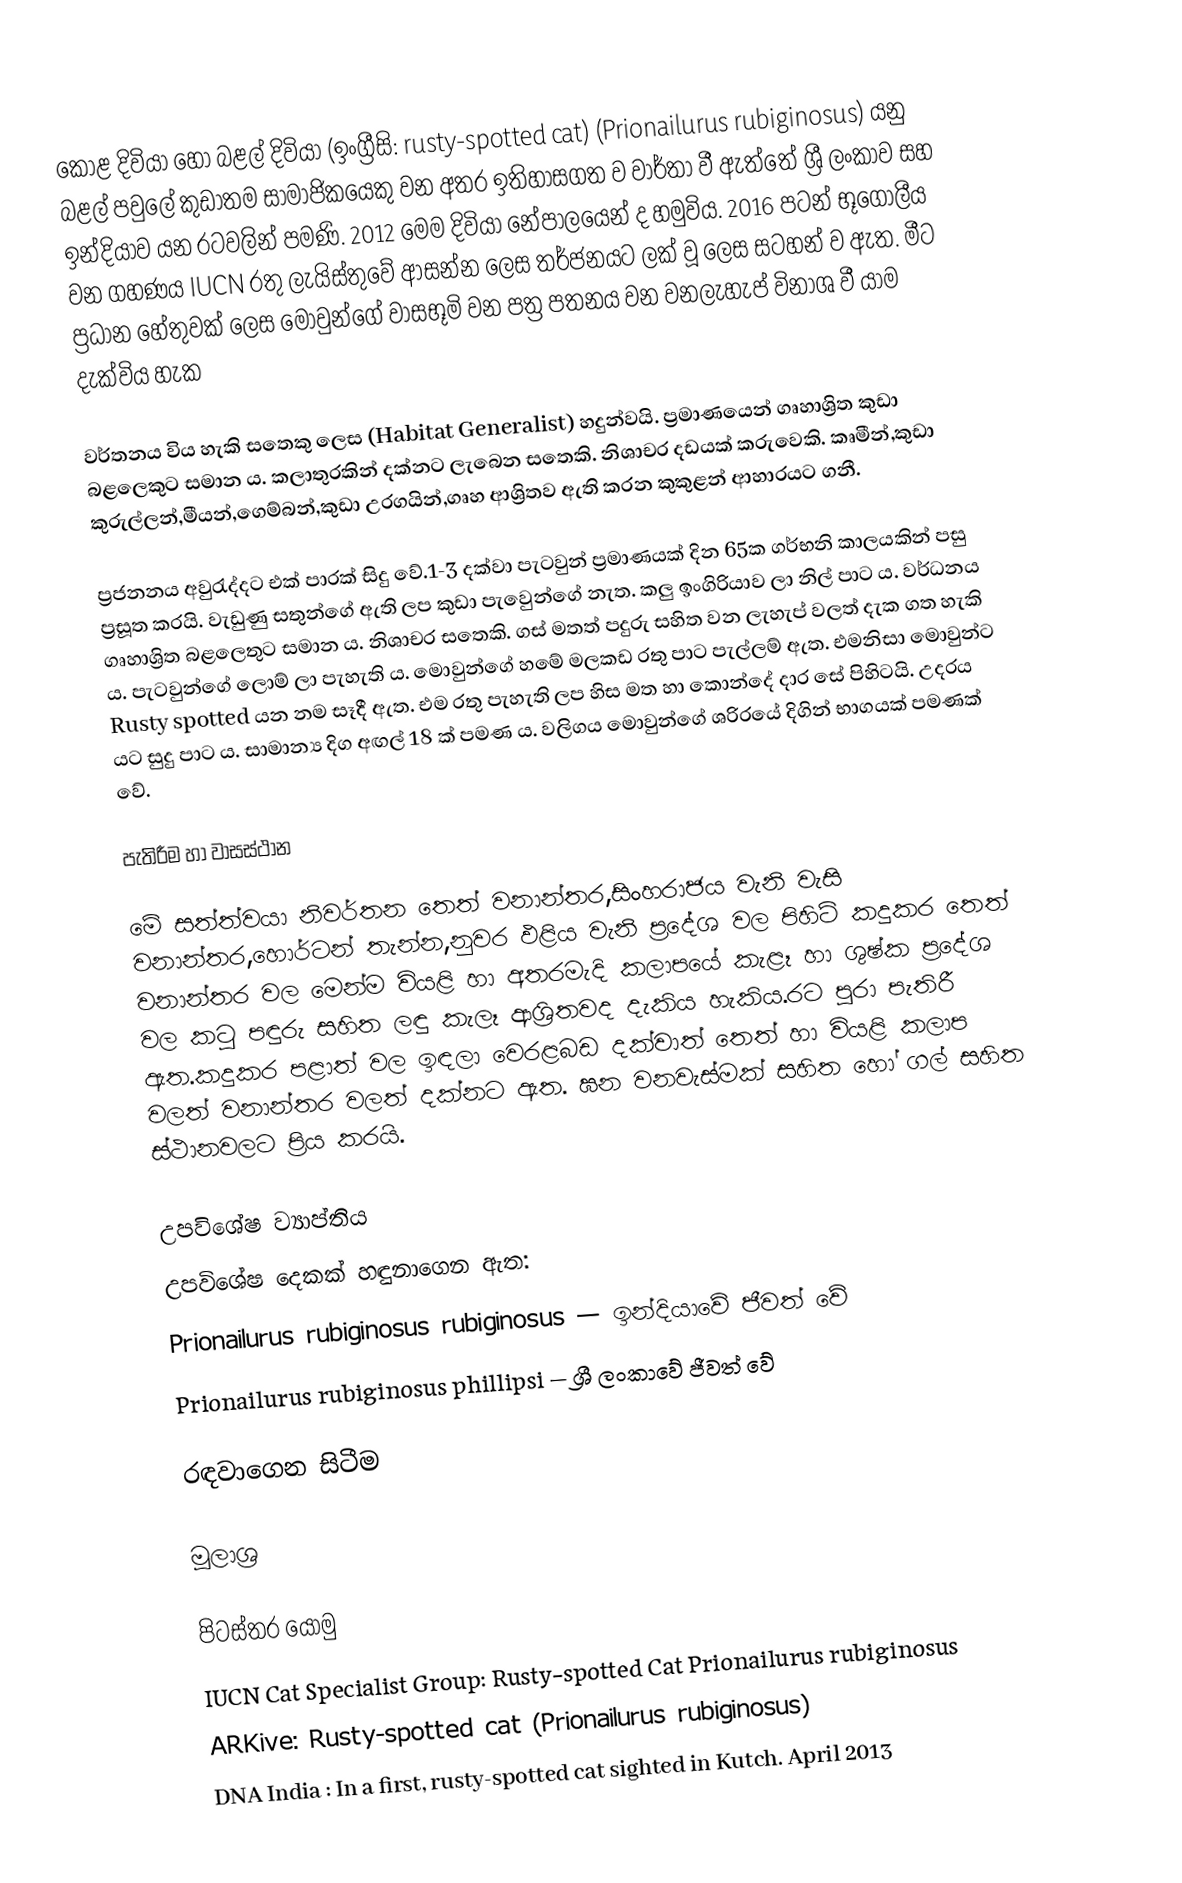
කොළ දිවියා හෝ බළල් දිවියා (ඉංග්‍රීසි: rusty-spotted cat) (Prionailurus rubiginosus) යනු බළල් පවුලේ කුඩාතම සාමාජිකයෙකු වන අතර ඉතිහාසගත ව වාර්තා වී ඇත්තේ ශ්‍රී ලංකාව සහ ඉන්දියාව යන රටවලින් පමණි. 2012 මෙම දිවියා නේපාලයෙන් ද හමුවිය. 2016 පටන් භූගෝලීය වන ගහණය IUCN රතු ලැයිස්තුවේ ආසන්න ලෙස තර්ජනයට ලක් වූ ලෙස සටහන් ව ඇත. මීට ප්‍රධාන හේතුවක් ලෙස මොවුන්ගේ වාසභූමි වන පත්‍ර පතනය වන වනලැහැප් විනාශ වී යාම දැක්විය හැක

වර්තනය විය හැකි සතෙකු ලෙස (Habitat Generalist) හදුන්වයි. ප්‍රමාණයෙන් ගෘහාශ්‍රිත කුඩා බළලෙකුට සමාන ය. කලාතුරකින් දක්නට ලැබෙන සතෙකි. නිශාචර දඩයක් කරුවෙකි. කෘමීන්,කුඩා කුරුල්ලන්,මීයන්,ගෙම්බන්,කුඩා උරගයින්,ගෘහ ආශ්‍රිතව ඇති කරන කුකුළන් ආහාරයට ගනී.

ප්‍රජනනය අවුරැද්දට එක් පාරක් සිදු වේ.1-3 දක්වා පැටවුන් ප්‍රමාණයක් දින 65ක ගර්භනි කාලයකින් පසු ප්‍රසූත කරයි. වැඩුණු සතුන්ගේ ඇති ලප කුඩා පැවෙුන්ගේ නැත. කලු ඉංගිරියාව ලා නිල් පාට ය. වර්ධනය ගෘහාශ්‍රිත බළලෙතුට සමාන ය. නිශාචර සතෙකි. ගස් මතත් පදුරු සහිත වන ලැහැප් වලත් දැක ගත හැකි ය. පැටවුන්ගේ ලොම් ලා පැහැති ය. මොවුන්ගේ හමේ මලකඩ රතු පාට පැල්ලම් ඇත. එමනිසා මොවුන්ට Rusty spotted යන නම සෑදී ඇත. එම රතු පැහැති ලප හිස මත හා කොන්දේ දාර සේ පිහිටයි. උදරය යට සුදු පාට ය. සාමාන්‍ය දිග අඟල් 18 ක් පමණ ය. වලිගය මොවුන්ගේ ශරිරයේ දිගින් භාගයක් පමණක් වේ.

පැතිරීම හා වාසස්ථාන

මේ සත්ත්වයා නිවර්තන තෙත් වනාන්තර,සිංහරාජය වැනි වැසි වනාන්තර,හොර්ටන් තැන්න,නුවර ඵළිය වැනි ප්‍රදේශ වල පිහිටි කදුකර තෙත් වනාන්තර වල මෙන්ම වියළි හා අතරමැදි කලාපයේ කැළෑ හා ශුෂ්ක ප්‍රදේශ වල කටු පඳුරු සහිත ලඳු කැලෑ ආශ්‍රිතවද දැකිය හැකිය.රට පුරා පැතිරී ඇත.කදුකර පළාත් වල ඉඳලා වෙරළබඩ දක්වාත් තෙත් හා වියළි කලාප වලත් වනාන්තර වලත් දක්නට ඇත. ඝන වනවැස්මක් සහිත හෝ ගල් සහිත ස්ථානවලට ප්‍රිය කරයි.

උපවිශේෂ ව්‍යාප්තිය
උපවිශේෂ දෙකක් හඳුනාගෙන ඇත:
 Prionailurus rubiginosus rubiginosus — ඉන්දියාවේ ජීවත් වේ
 Prionailurus rubiginosus phillipsi — ශ්‍රී ලංකාවේ ජීවත් වේ

රඳවාගෙන සිටීම

මූලාශ්‍ර

පිටස්තර යොමු
 IUCN Cat Specialist Group: Rusty-spotted Cat Prionailurus rubiginosus
 ARKive: Rusty-spotted cat (Prionailurus rubiginosus)
 DNA India : In a first, rusty-spotted cat sighted in Kutch. April 2013